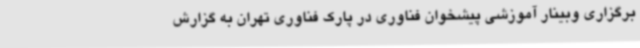
برگزاری وبینار آموزشی پیشخوان فناوری در پارک فناوری تهران به گزارش